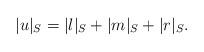
LaTeX: \begin{align*}\lvert u\rvert_S=\lvert l\rvert_S+\lvert m\rvert_S+\lvert r\rvert_S.\end{align*}